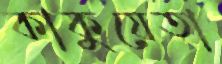
কাকুয়েতা